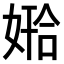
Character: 𫱅